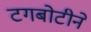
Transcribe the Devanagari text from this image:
टगबोटीने